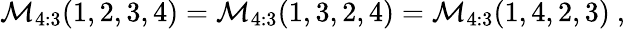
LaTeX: \mathcal{M}_{4:3}(1,2,3,4)=\mathcal{M}_{4:3}(1,3,2,4)=\mathcal{M}_{4:3}(1,4,2,3)\ ,